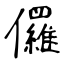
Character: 儸